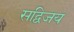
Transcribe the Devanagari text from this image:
सद्विजय